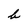
Character: b